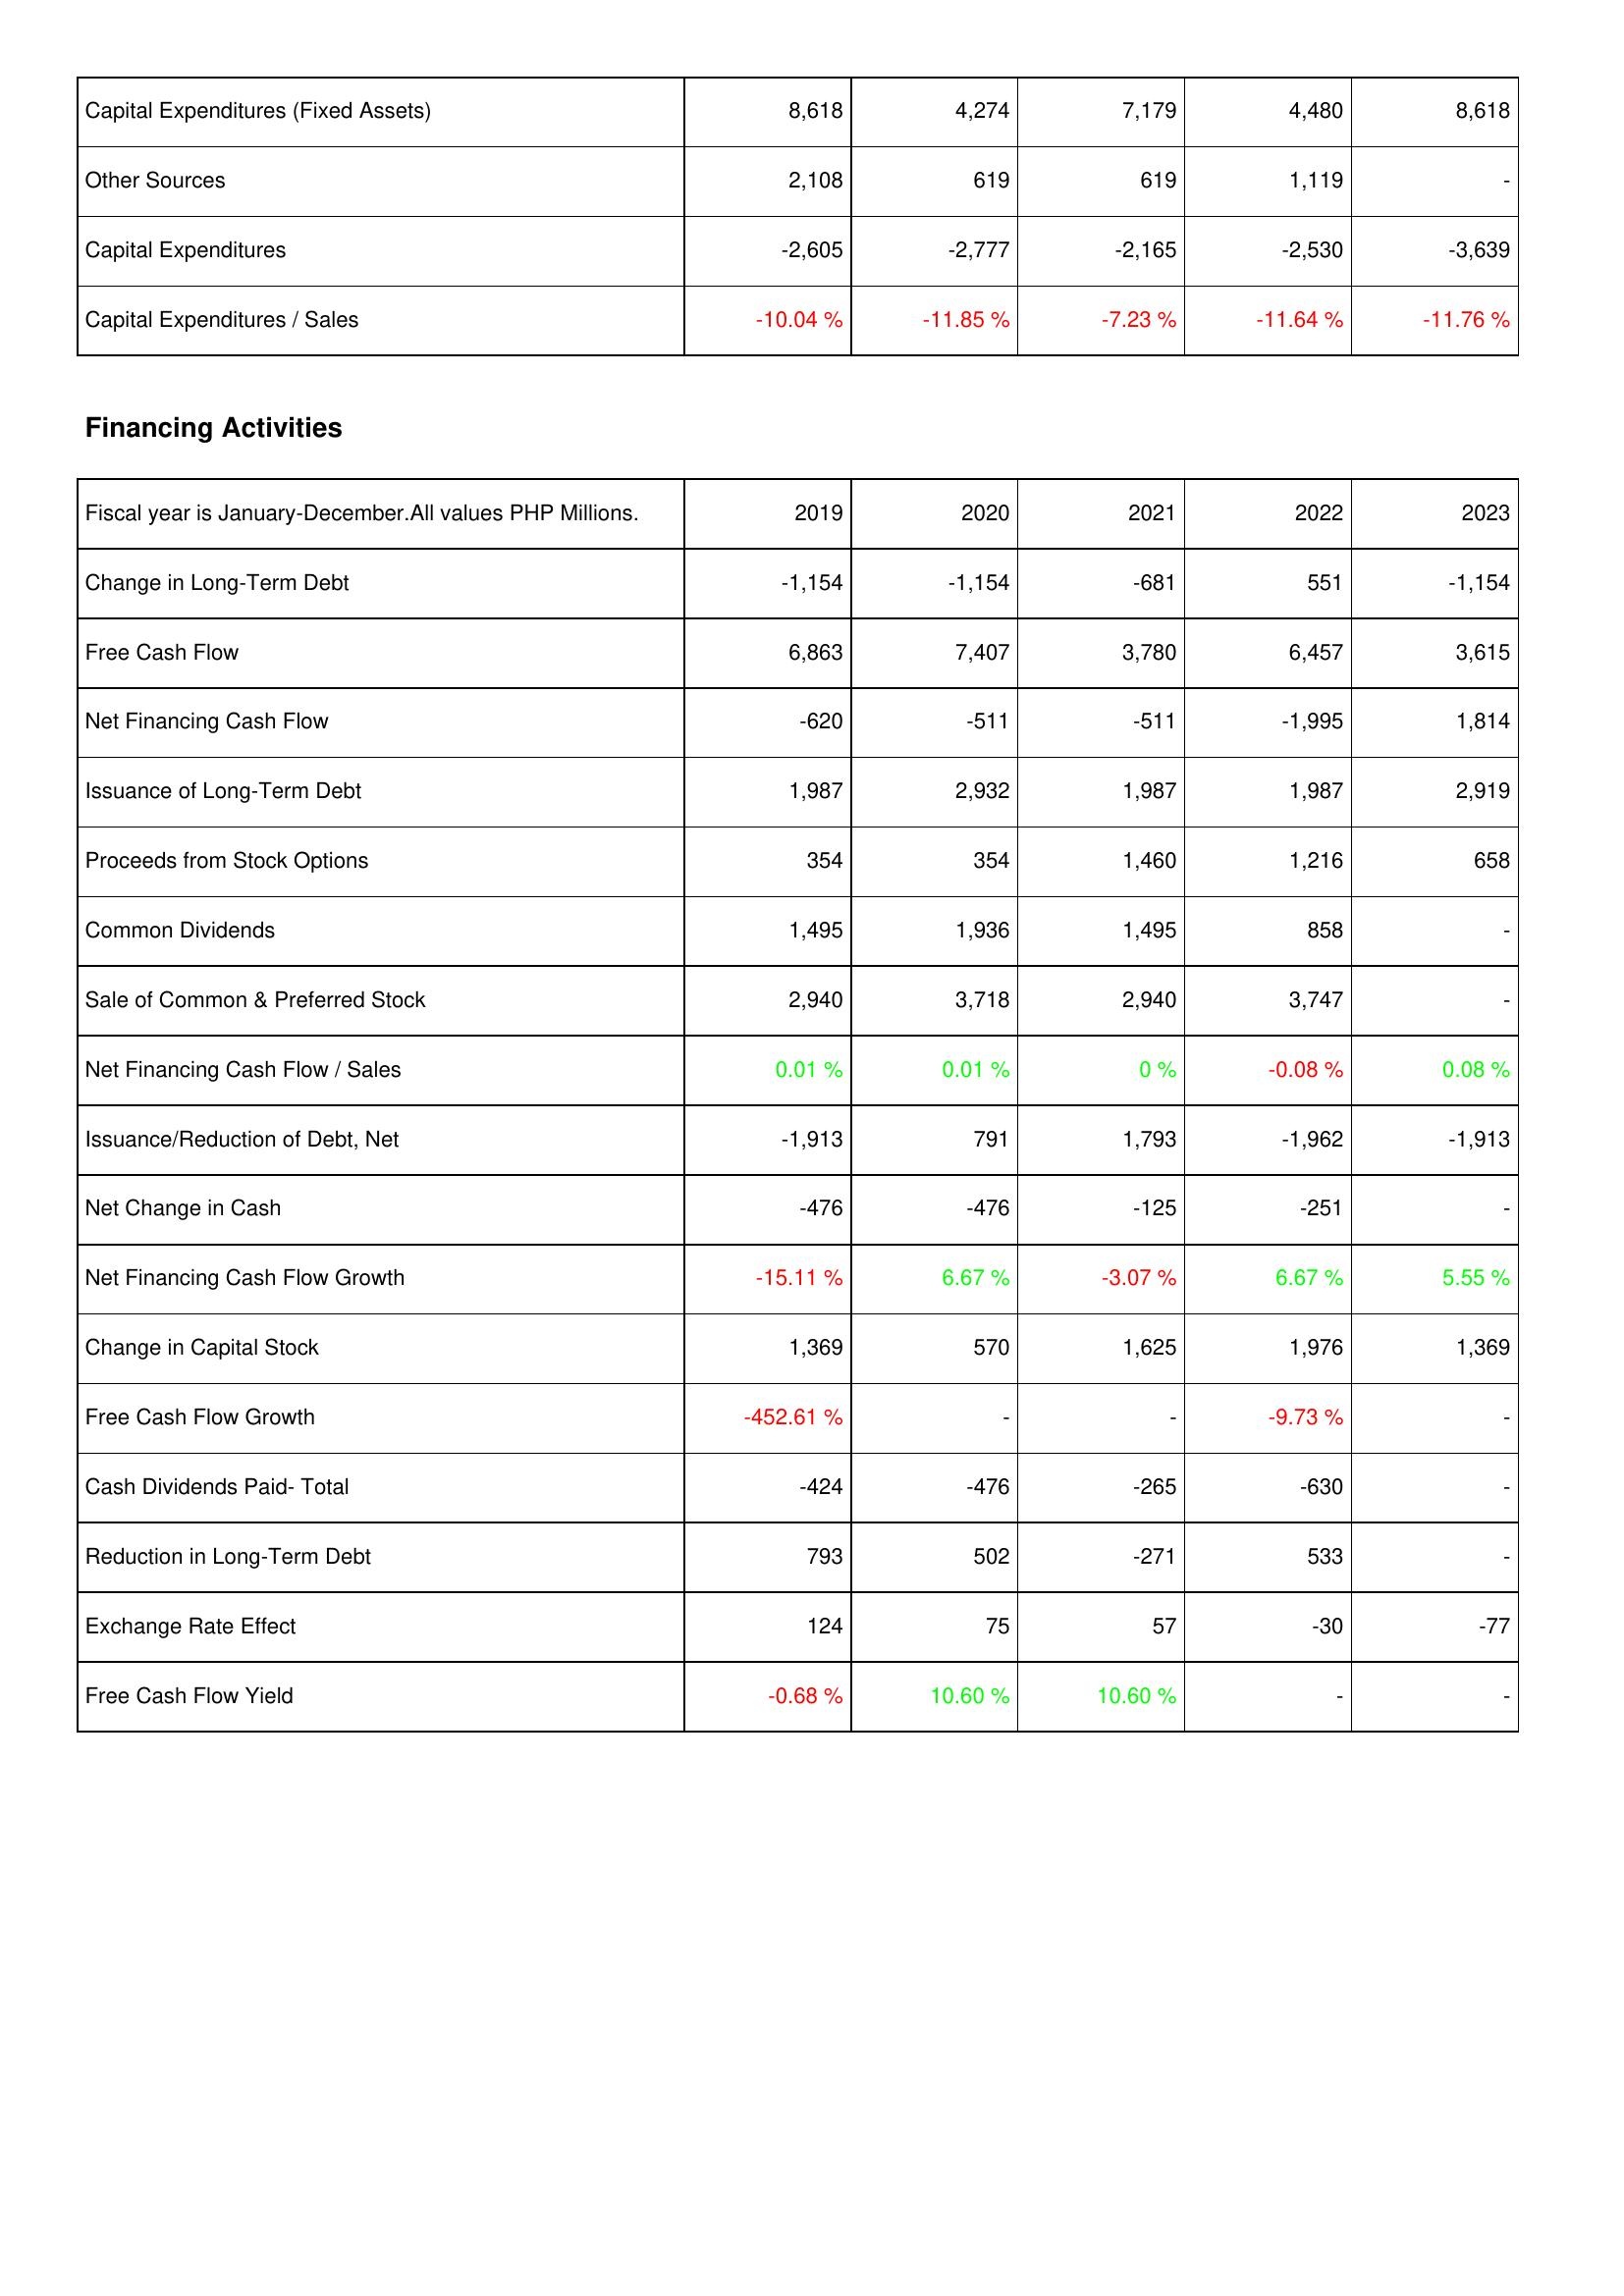
2019: Investing Activities: Capital Expenditures (Fixed Assets): 8,618
Other Sources: 2,108
Capital Expenditures: -2,605
Capital Expenditures / Sales: -10.04 %
Financing Activities: Change in Long-Term Debt: -1,154
Free Cash Flow: 6,863
Net Financing Cash Flow: -620
Issuance of Long-Term Debt: 1,987
Proceeds from Stock Options: 354
Common Dividends: 1,495
Sale of Common & Preferred Stock: 2,940
Net Financing Cash Flow / Sales: 0.01 %
Issuance/Reduction of Debt, Net: -1,913
Net Change in Cash: -476
Net Financing Cash Flow Growth: -15.11 %
Change in Capital Stock: 1,369
Free Cash Flow Growth: -452.61 %
Cash Dividends Paid- Total: -424
Reduction in Long-Term Debt: 793
Exchange Rate Effect: 124
Free Cash Flow Yield: -0.68 %
2020: Investing Activities: Capital Expenditures (Fixed Assets): 4,274
Other Sources: 619
Capital Expenditures: -2,777
Capital Expenditures / Sales: -11.85 %
Financing Activities: Change in Long-Term Debt: -1,154
Free Cash Flow: 7,407
Net Financing Cash Flow: -511
Issuance of Long-Term Debt: 2,932
Proceeds from Stock Options: 354
Common Dividends: 1,936
Sale of Common & Preferred Stock: 3,718
Net Financing Cash Flow / Sales: 0.01 %
Issuance/Reduction of Debt, Net: 791
Net Change in Cash: -476
Net Financing Cash Flow Growth: 6.67 %
Change in Capital Stock: 570
Free Cash Flow Growth: -
Cash Dividends Paid- Total: -476
Reduction in Long-Term Debt: 502
Exchange Rate Effect: 75
Free Cash Flow Yield: 10.60 %
2021: Investing Activities: Capital Expenditures (Fixed Assets): 7,179
Other Sources: 619
Capital Expenditures: -2,165
Capital Expenditures / Sales: -7.23 %
Financing Activities: Change in Long-Term Debt: -681
Free Cash Flow: 3,780
Net Financing Cash Flow: -511
Issuance of Long-Term Debt: 1,987
Proceeds from Stock Options: 1,460
Common Dividends: 1,495
Sale of Common & Preferred Stock: 2,940
Net Financing Cash Flow / Sales: 0 %
Issuance/Reduction of Debt, Net: 1,793
Net Change in Cash: -125
Net Financing Cash Flow Growth: -3.07 %
Change in Capital Stock: 1,625
Free Cash Flow Growth: -
Cash Dividends Paid- Total: -265
Reduction in Long-Term Debt: -271
Exchange Rate Effect: 57
Free Cash Flow Yield: 10.60 %
2022: Investing Activities: Capital Expenditures (Fixed Assets): 4,480
Other Sources: 1,119
Capital Expenditures: -2,530
Capital Expenditures / Sales: -11.64 %
Financing Activities: Change in Long-Term Debt: 551
Free Cash Flow: 6,457
Net Financing Cash Flow: -1,995
Issuance of Long-Term Debt: 1,987
Proceeds from Stock Options: 1,216
Common Dividends: 858
Sale of Common & Preferred Stock: 3,747
Net Financing Cash Flow / Sales: -0.08 %
Issuance/Reduction of Debt, Net: -1,962
Net Change in Cash: -251
Net Financing Cash Flow Growth: 6.67 %
Change in Capital Stock: 1,976
Free Cash Flow Growth: -9.73 %
Cash Dividends Paid- Total: -630
Reduction in Long-Term Debt: 533
Exchange Rate Effect: -30
Free Cash Flow Yield: -
2023: Investing Activities: Capital Expenditures (Fixed Assets): 8,618
Other Sources: -
Capital Expenditures: -3,639
Capital Expenditures / Sales: -11.76 %
Financing Activities: Change in Long-Term Debt: -1,154
Free Cash Flow: 3,615
Net Financing Cash Flow: 1,814
Issuance of Long-Term Debt: 2,919
Proceeds from Stock Options: 658
Common Dividends: -
Sale of Common & Preferred Stock: -
Net Financing Cash Flow / Sales: 0.08 %
Issuance/Reduction of Debt, Net: -1,913
Net Change in Cash: -
Net Financing Cash Flow Growth: 5.55 %
Change in Capital Stock: 1,369
Free Cash Flow Growth: -
Cash Dividends Paid- Total: -
Reduction in Long-Term Debt: -
Exchange Rate Effect: -77
Free Cash Flow Yield: -